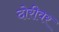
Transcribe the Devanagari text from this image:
दोरीवर